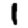
Digit: 1